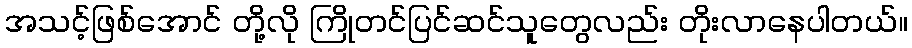
အသင့်ဖြစ်အောင် တို့လို ကြိုတင်ပြင်ဆင်သူတွေလည်း တိုးလာနေပါတယ်။